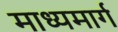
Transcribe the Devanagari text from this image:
माध्यमार्ग